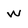
Character: W